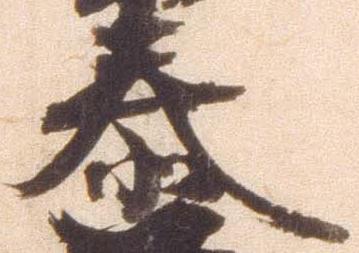
泰